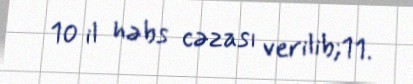
10 il həbs cəzası verilib;11.